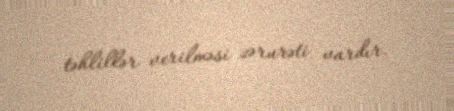
təhlillər verilməsi zərurəti vardır.